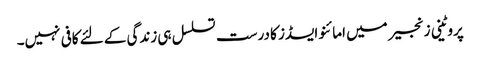
پروٹینی زنجیر میں امائنو ایسڈز کا درست تسلسل ہی زندگی کے لئے کافی نہیں۔